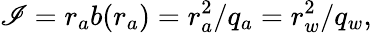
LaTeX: \mathscr{I}=r_{a}b(r_{a})=r_{a}^{2}/q_{a}=r_{w}^{2}/q_{w},